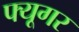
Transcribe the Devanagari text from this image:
फ्यूगर